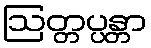
ဩတ္တပ္ပန္တာ